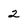
Character: 2